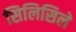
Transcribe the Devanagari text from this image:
सिलिसिले